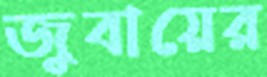
জুবায়ের